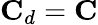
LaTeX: \mathbf{C}_{d}=\mathbf{C}